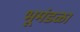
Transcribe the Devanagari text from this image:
भूमंडळा